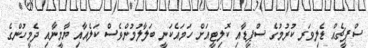
ސްޕީޗެއް ޑެލިވަރ ކުރުމުގެ ސްޕީޑާއި ކޮލިޓީއަށް ހަމައެކަނީ ބަލާލުމުންވެސް ކަލެއާއި ޔާމީނާއި ދެމީހުންގެ